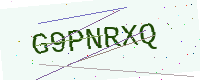
Text: G9PNRXQ